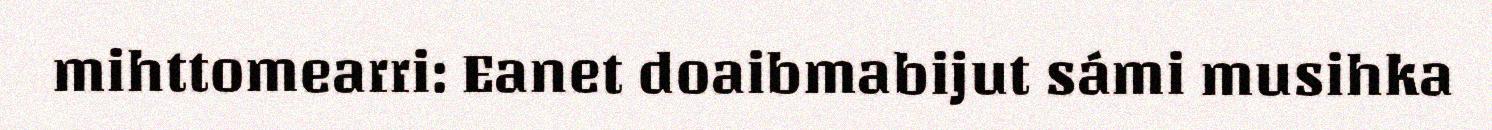
mihttomearri: Eanet doaibmabijut sámi musihka